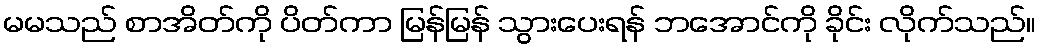
မမသည် စာအိတ်ကို ပိတ်ကာ မြန်မြန် သွားပေးရန် ဘအောင်ကို ခိုင်း လိုက်သည်။